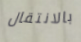
بالانتقال